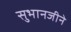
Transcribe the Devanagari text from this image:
सुभानजीने